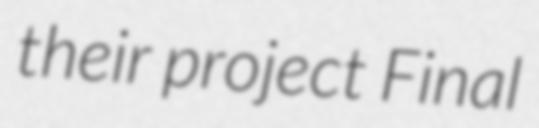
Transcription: their project Final